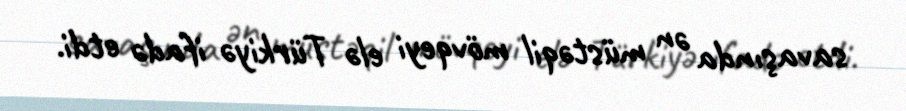
savaşında ən müstəqil mövqeyi elə Türkiyə ifadə etdi.